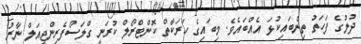
ދުލުގެ ފަހަތު ތިންބައިކުޅަ އެއްބައެވެ. މިބައިގެ ހަރަކާތް ކޮންޓްރޯލް ކުރަނީ ގްލަސޯފެރިންޖީއަލް ނާރު